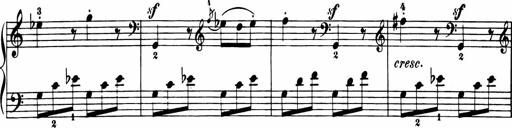
Title: 11 Sonatinas for Piano Solo
Composer: Anton Diabelli